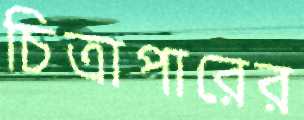
চিত্রাপারের